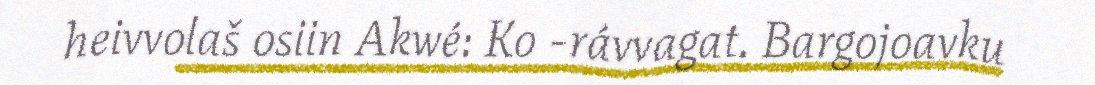
heivvolaš osiin Akwé: Ko -rávvagat. Bargojoavku